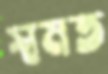
স্বমত